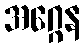
အဂ္ဂေန